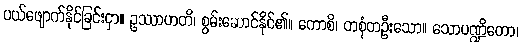
ပယ်ဖျောက်နိုင်ခြင်းငှာ။ ဥဿာဟတိ၊ စွမ်းဆောင်နိုင်၏။ ကောစိ၊ တစုံတဦးသော။ သောပဏ္ဍိတော၊